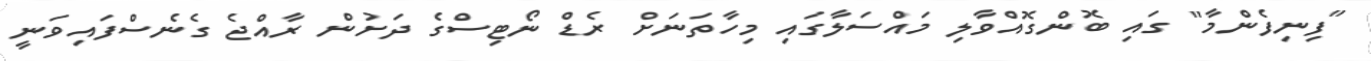
"ފިނިފެންމާ" ގައި ބޮންގޮއްވާލި މައްސަލާގައި މިހާތަނަށް ރެޑް ނޯޓިސްގެ ދަށުން ރާއްޖެ ގެެނެސްފައިވަނީ